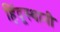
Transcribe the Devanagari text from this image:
हिंदूस्थानी